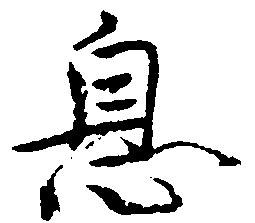
息